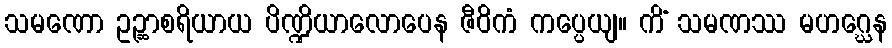
သမဏော ဥဉ္ဆာစရိယာယ ပိဏ္ဍိယာလောပေန ဇီဝိကံ ကပ္ပေယျ။ ကိံ သမဏဿ မဟဂ္ဃေန